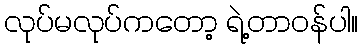
လုပ်မလုပ်ကတော့ ရဲ့တာဝန်ပါ။